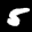
Label: 5